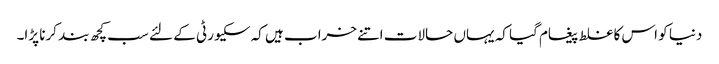
دنیا کو اس کا غلط پیغام گیا کہ یہاں حالات اتنے خراب ہیں کہ سکیورٹی کے لئے سب کچھ بند کرنا پڑا۔